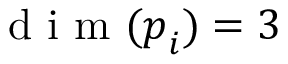
\mathrm { ~ d ~ i ~ m ~ } ( \boldsymbol { p } _ { i } ) = 3